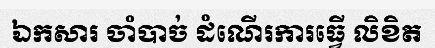
ឯកសារ ចាំបាច់ ដំណើរការធ្វើ លិខិត